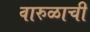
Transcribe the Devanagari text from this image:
वारुळाची